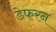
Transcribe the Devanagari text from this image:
डेफरन